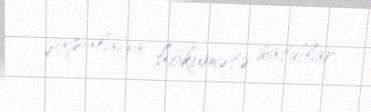
şapalağa hökumətə satdılar.